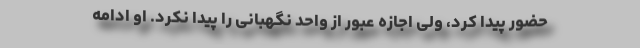
حضور پیدا کرد، ولی اجازه عبور از واحد نگهبانی را پیدا نکرد. او ادامه